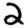
Digit: 2